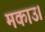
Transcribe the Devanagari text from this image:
मकाउ।